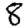
Digit: 8